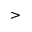
>